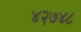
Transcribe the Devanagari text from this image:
४२७४८